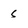
Character: s